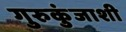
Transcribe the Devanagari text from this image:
गुरुकुंजाशी